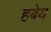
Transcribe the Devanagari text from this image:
हबेय